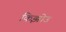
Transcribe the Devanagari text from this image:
किझोउ